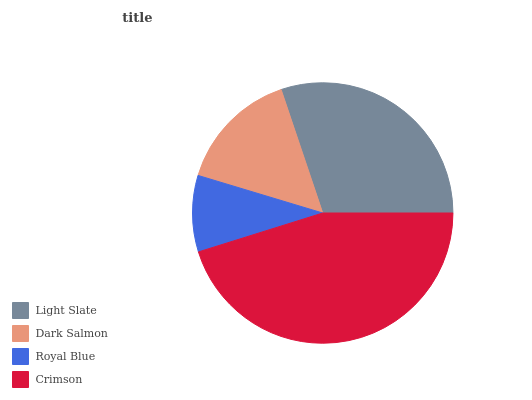
| Light Slate | Dark Salmon | Royal Blue | Crimson |
 | --- | --- | --- | --- |
 | 30.2% | 15.2% | 9.48% | 45.2% |